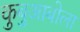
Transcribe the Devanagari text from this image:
कुबुआबोला